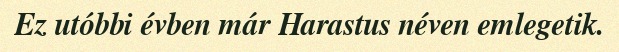
Ez utóbbi évben már Harastus néven emlegetik.